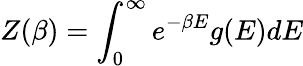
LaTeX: Z(\beta)=\int_{0}^{\infty}e^{-\beta E}g(E)dE